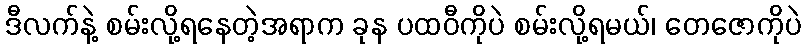
ဒီလက်နဲ့ စမ်းလို့ရနေတဲ့အရာက ခုန ပထဝီကိုပဲ စမ်းလို့ရမယ်၊ တေဇောကိုပဲ